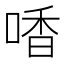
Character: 㗍